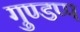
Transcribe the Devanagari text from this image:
गुण्डप्प